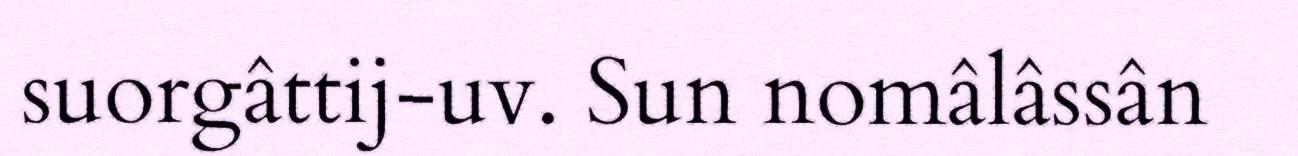
suorgâttij-uv. Sun nomâlâssân